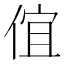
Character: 𠊙